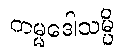
ကမ္မဒေါသမ္ပိ